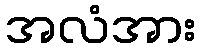
အလံအား